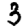
Digit: 3